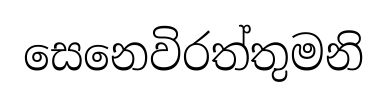
සෙනෙවිරත්තුමනි